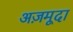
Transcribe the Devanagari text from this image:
अज़मूदा